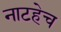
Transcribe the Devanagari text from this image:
नाटहेच